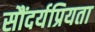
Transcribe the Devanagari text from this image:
सौंदर्यप्रियता